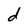
Character: d